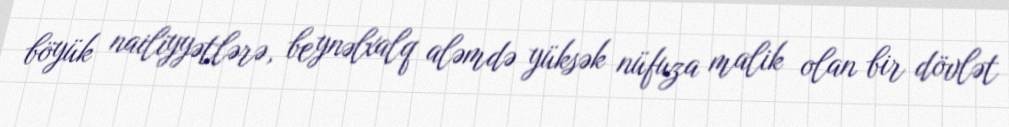
böyük nailiyyətlərə, beynəlxalq aləmdə yüksək nüfuza malik olan bir dövlət